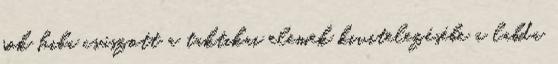
sok hiba csúszott a taktikai elemek kivitelezésébe a labda